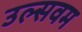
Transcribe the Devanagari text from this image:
उल्सवम